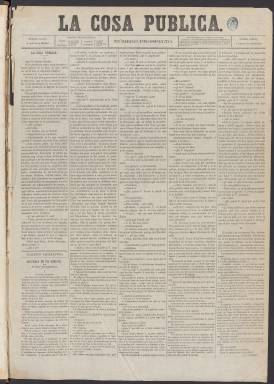
Título: La Cosa pública
Colección: Periódicos
Ámbito geográfico: Madrid
Lugar de publicación: Madrid
Fechas: 01/01/1868-04/07/1869